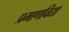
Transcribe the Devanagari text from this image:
प्रमाणविद्या